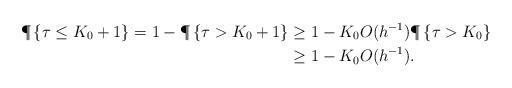
LaTeX: \begin{align*}\P \left\{ \tau \leq K_0+1\right\}=1-\P \left\{ \tau>K_0+1\right\}& \geq 1-K_0 O( h^{-1} ) \P \left\{ \tau > K_0 \right\}\\& \geq 1-K_0 O( h^{-1} ) .\end{align*}